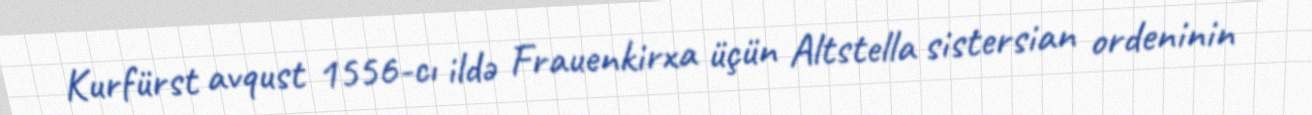
Kurfürst avqust 1556-cı ildə Frauenkirxa üçün Altstella sistersian ordeninin